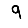
Digit: 9